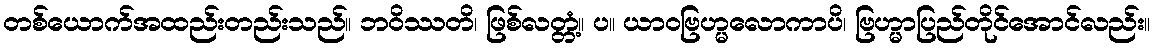
တစ်ယောက်အထည်းတည်းသည်။ ဘဝိဿတိ၊ ဖြစ်လတ္တံ့။ ပ။ ယာဝဗြဟ္မလောကာပိ၊ ဗြဟ္မာပြည်တိုင်အောင်လည်း။